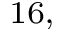
^ { 1 6 , }